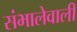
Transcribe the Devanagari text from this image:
संभालेवाली